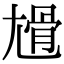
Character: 尳